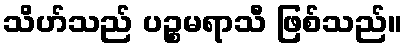
သိဟ်သည် ပဉ္စမရာသီ ဖြစ်သည်။